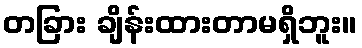
တခြား ချိန်းထားတာမရှိဘူး။